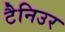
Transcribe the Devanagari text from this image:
टैनिउर